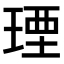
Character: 𤧕